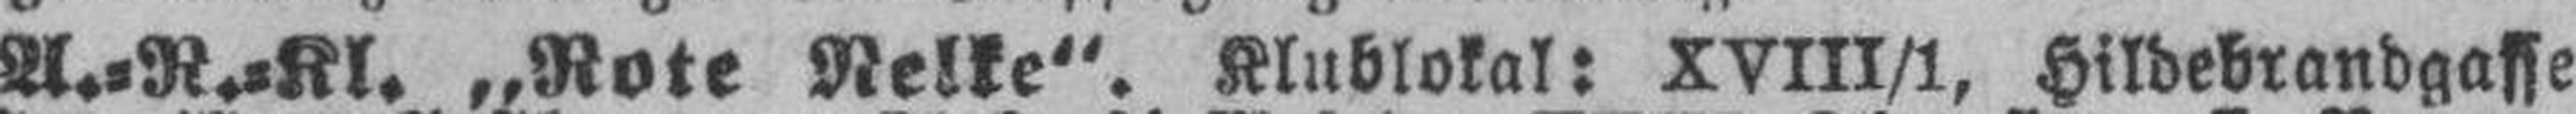
A.=R.=Kl. „Rote Nelke“. Klublokal: XVIII/1, Hildebrandgasse